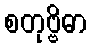
စတုဗ္ဗိဓာ